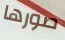
صورها